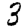
Digit: 3